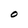
Character: o